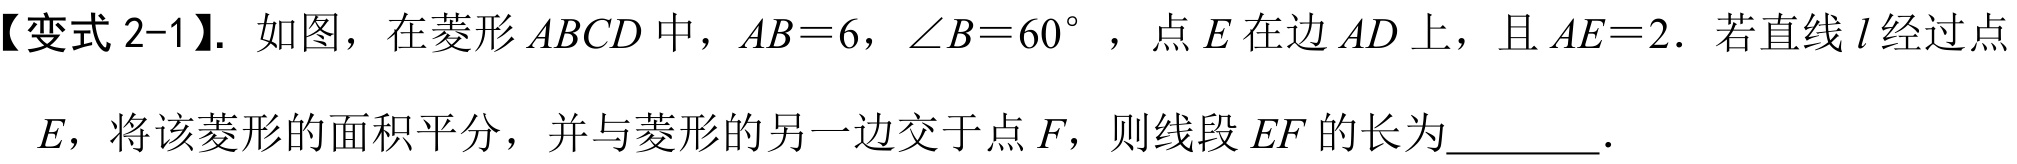
【变式 2-1】. 如图，在菱形 \(ABCD\) 中，\(AB = 6\)，\(\angle B = 60^{\circ}\) ，点 \(E\) 在边 \(AD\) 上，且 \(AE = 2\). 若直线 \(l\) 经过点 \(E\)，将该菱形的面积平分，并与菱形的另一边交于点 \(F\)，则线段 \(EF\) 的长为________.